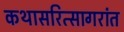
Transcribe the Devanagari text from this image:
कथासरित्सागरांत